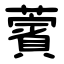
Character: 薲